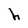
Character: h